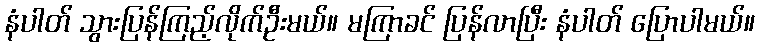
နံပါတ် သွားပြန်ကြည့်လိုက်ဦးမယ်။ မကြာခင် ပြန်လာပြီး နံပါတ် ပြောပါမယ်။